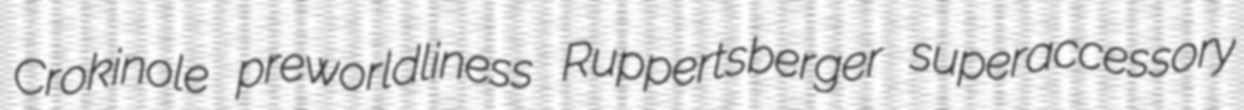
Crokinole preworldliness Ruppertsberger superaccessory